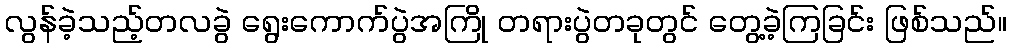
လွန်ခဲ့သည့်တလခွဲ ရွေးကောက်ပွဲအကြို တရားပွဲတခုတွင် တွေ့ခဲ့ကြခြင်း ဖြစ်သည်။